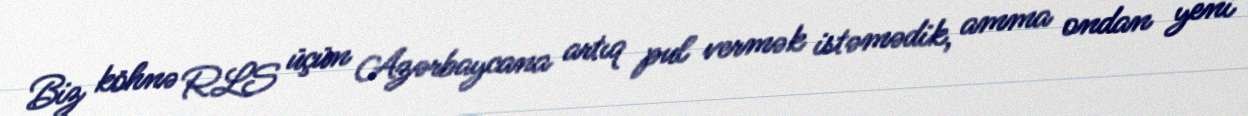
Biz köhnə RLS üçün Azərbaycana artıq pul vermək istəmədik, amma ondan yeni